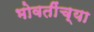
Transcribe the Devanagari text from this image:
भोवतींच्या